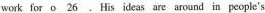
work for \underline{o 26}. His ideas are around in people's